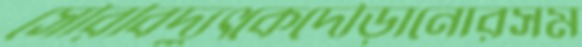
সৌরবিদ্যুৎকেদৌঁড়ানোরসম